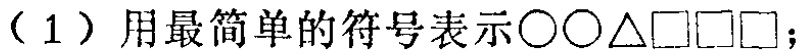
$2\bigcirc\triangle3\square$